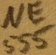
Text: NE555